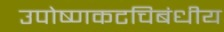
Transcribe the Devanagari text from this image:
उपोष्णकटचिबंधीय